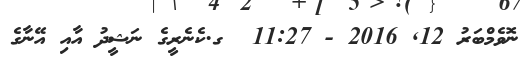
ނޮވެމްބަރު 12